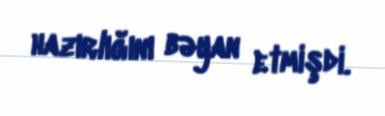
hazırlığını bəyan etmişdi.